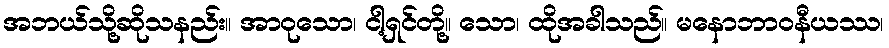
အဘယ်သို့ဆိုသနည်း။ အာဝုသော၊ ငါ့ရှင်တို့။ သော၊ ထိုအခါသည်။ မနောဘာဝနီယဿ၊